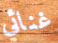
غنائي